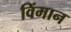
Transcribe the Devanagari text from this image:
विंमान